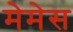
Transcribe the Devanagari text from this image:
मेमेस